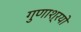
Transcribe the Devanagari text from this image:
गुणाश्रयो